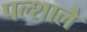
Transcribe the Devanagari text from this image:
पल्शालै